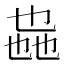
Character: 𫡩